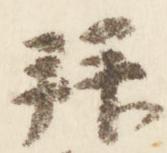
拝